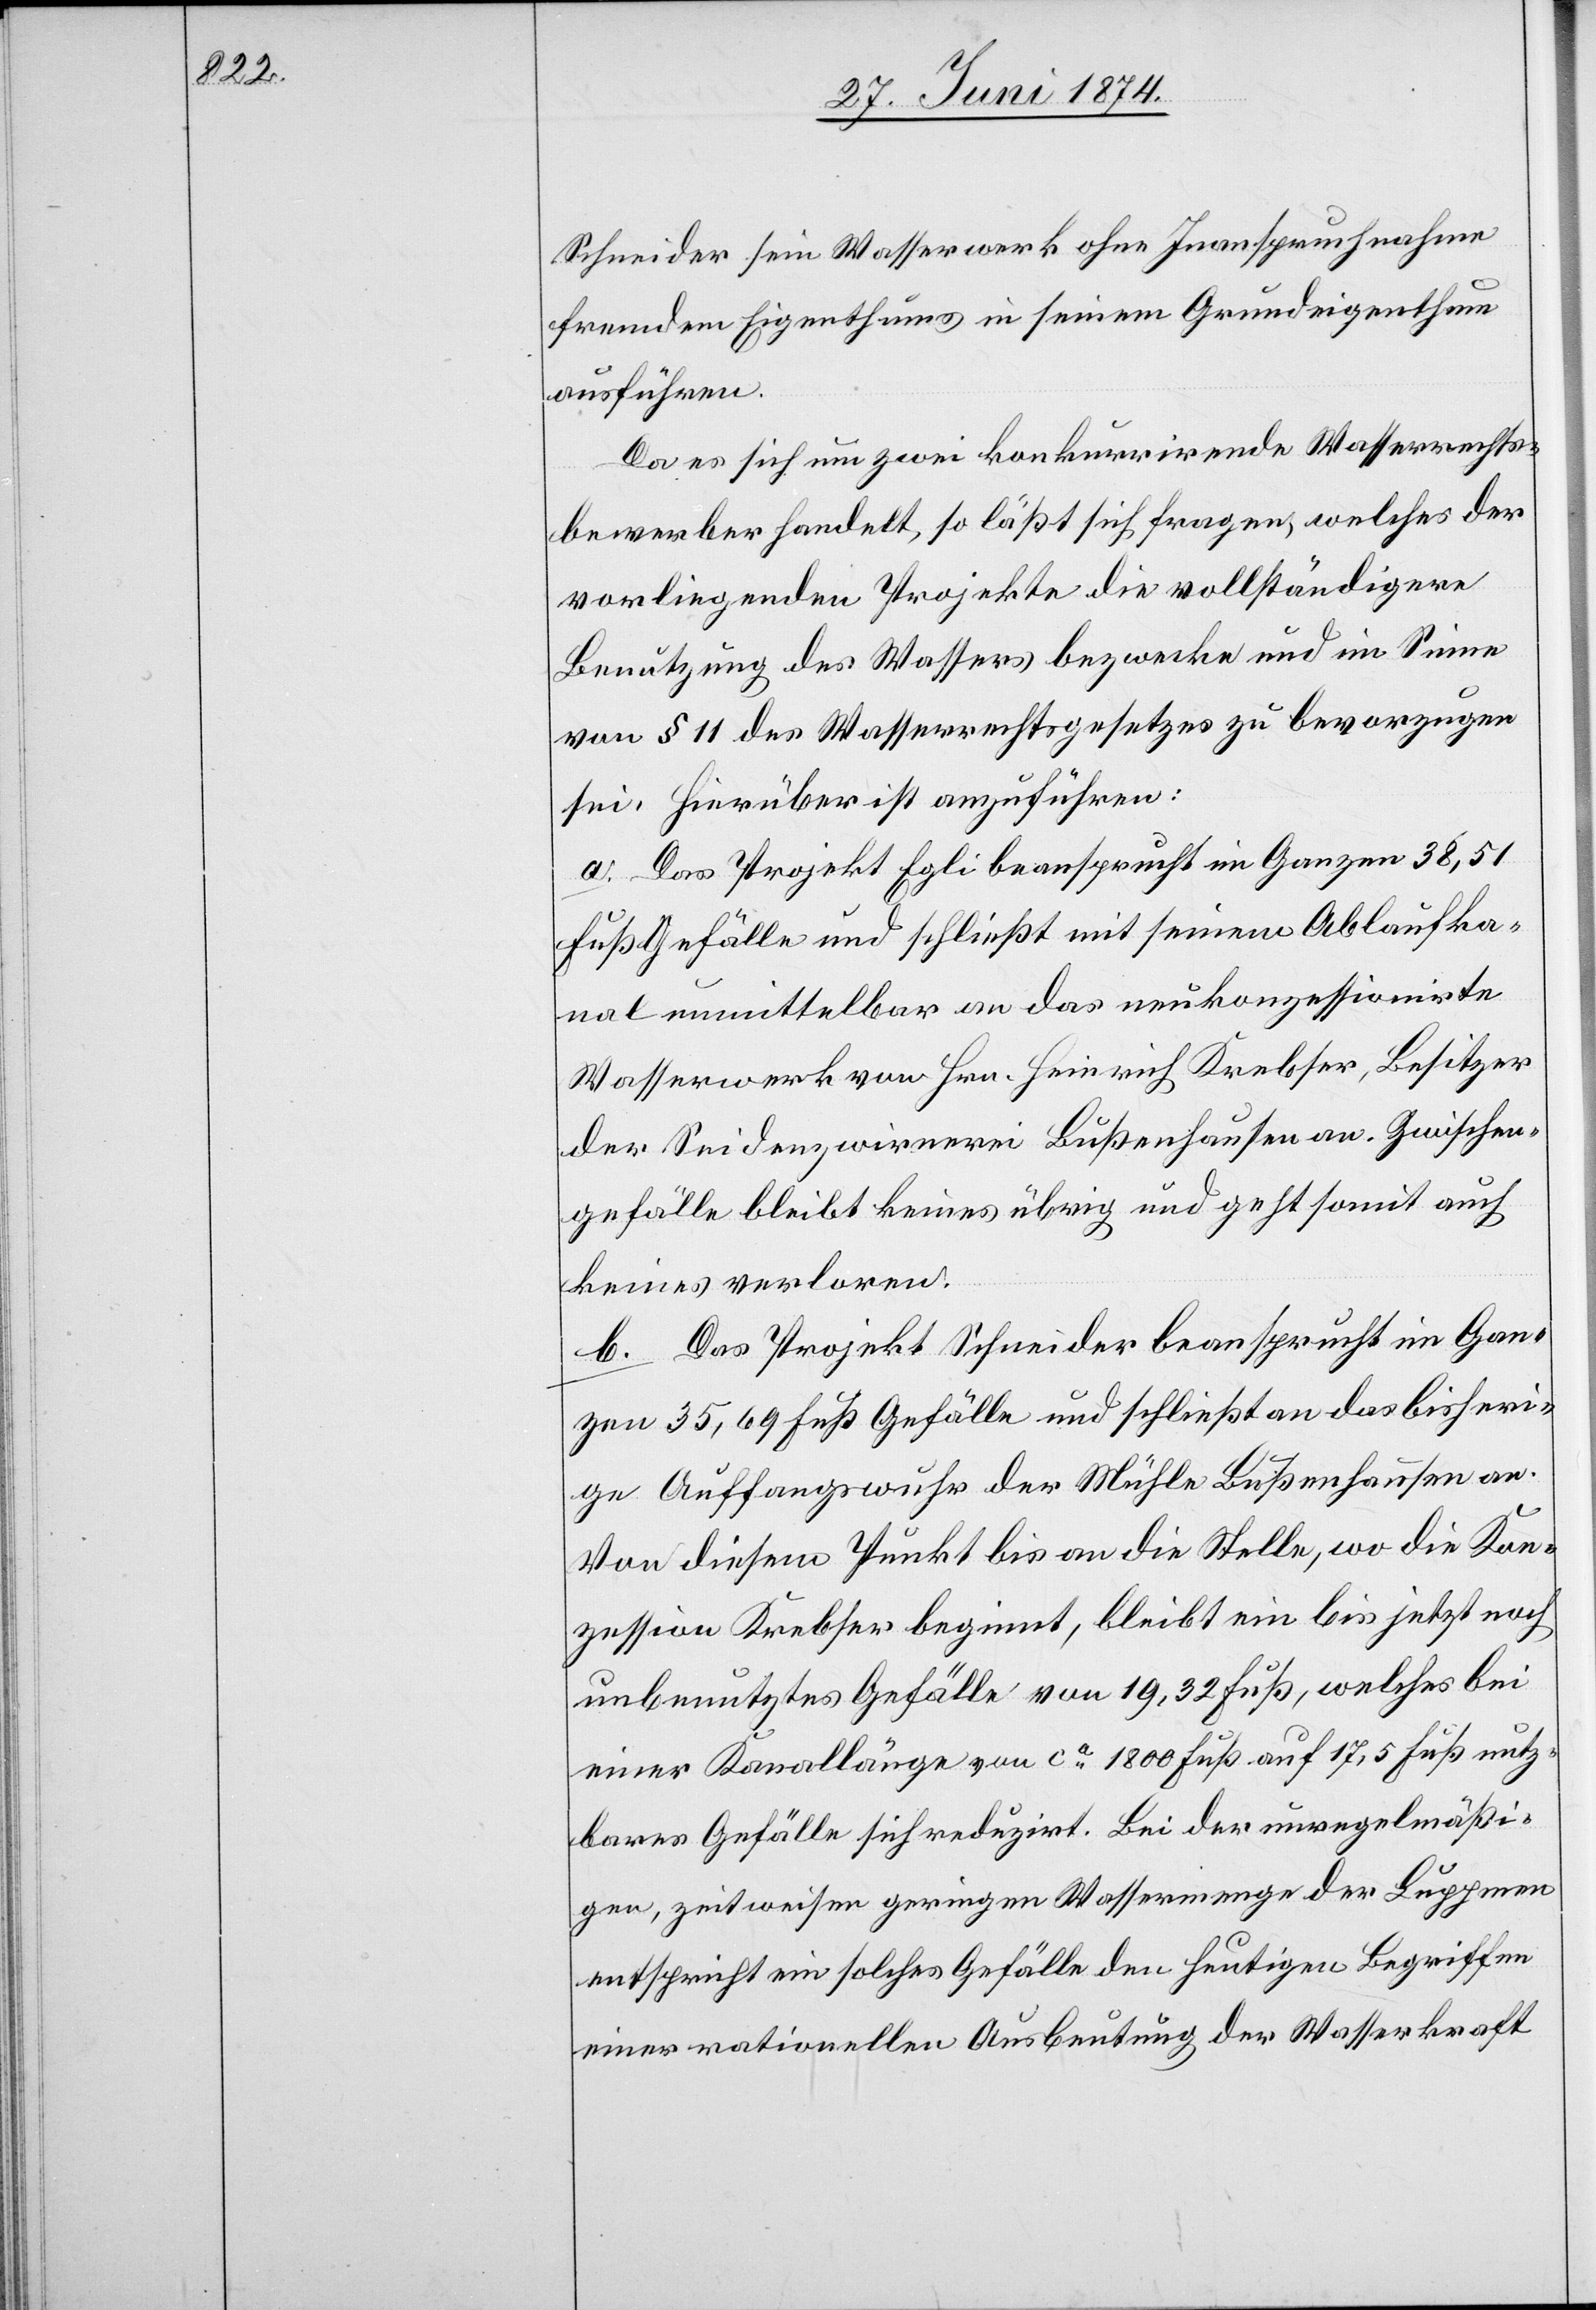
Schneider sein Wasserwerk ohne Inanspruchnahme
ausführen.
Da es sich um zwei konkurrirende Wasserrechts¬
bewerber handelt, so läßt sich fragen, welches der
vorliegenden Projekte die vollständigere
Benutzung des Wassers bezwecke und im Sinne
von § 11 des Wasserrechtsgesetzes zu bevorzugen
sei. Hierüber ist anzuführen:
a. Das Projekt Egli beansprucht im Ganzen 38,51
Fuß Gefälle und schließt mit seinem Ablaufka¬
nal unmittelbar an das neukonzessionirte
Wasserwerk von Hrn. Heinrich Krebser, Besitzer
der Seidenzwirnerei Bußenhausen an. Zwischen¬
gefälle bleibt keines übrig und geht somit auch
keines verloren.
b. Das Projekt Schneider beansprucht im Gan¬
zen 35,69 Fuß Gefälle und schließt an das bisheri¬
ge Auffangswuhr der Mühle Bußenhausen an.
Von diesem Punkt bis an die Stelle, wo die Kon¬
zession Krebser beginnt, bleibt ein bis jetzt noch
unbenutztes Gefälle von 19,32 Fuß, welches bei
einer Kanallänge von ca 1800 Fuß auf 17,5 Fuß nutz¬
bares Gefälle sich reduzirt. Bei der unregelmäßi¬
gen, zeitweisen geringen Wassermenge der Luppmen
entspricht ein solches Gefälle den heutigen Begriffen
einer rationellen Ausbeutung der Wasserkraft